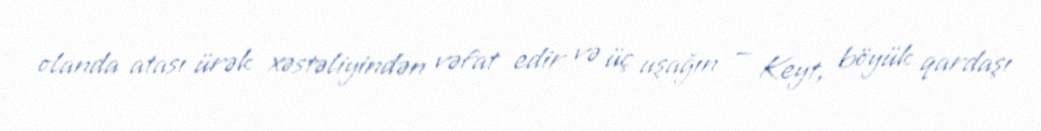
olanda atası ürək xəstəliyindən vəfat edir və üç uşağın — Keyt, böyük qardaşı